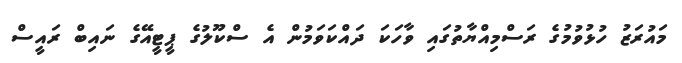
މައުރަޒު ހުޅުވުމުގެ ރަސްމިއްޔާތުގައި ވާހަކަ ދައްކަވަމުން އެ ސްކޫލުގެ ޕީޓީއޭގެ ނައިބް ރައީސް